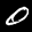
Label: 0